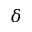
\delta